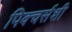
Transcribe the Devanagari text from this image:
पिक्चर्सशी